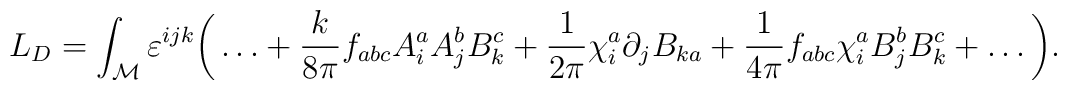
L_D = \int_{\cal M} \varepsilon^{ijk}\bigg( \dots + {k \over 8 \pi}f_{abc}A^a_i A^b_j B^c_k +{1 \over 2 \pi}\chi^a_i \partial_j B_{ka} + {1 \over 4 \pi} f_{abc} \chi^a_iB^b_j B^c_k + \dots\bigg).